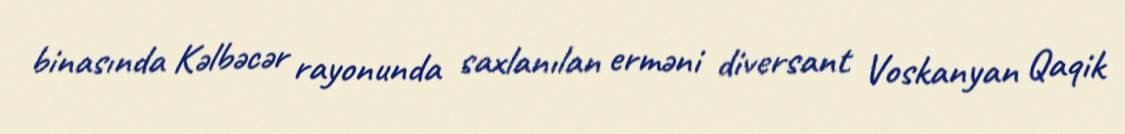
binasında Kəlbəcər rayonunda saxlanılan erməni diversant Voskanyan Qaqik